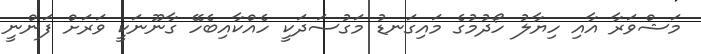
މަޝްވަރާ އާއި ހިޔާލު ހޯދުމުގެ މައިގަނޑު މަގުސަދަކީ ހެއްކާއިބެހޭ ގާނޫނަކީ ވަރަށް ފަންނީ